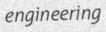
engineering